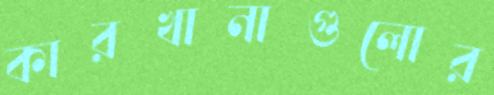
কারখানাগুলোর